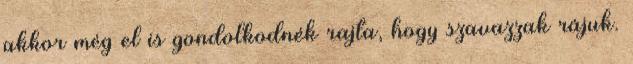
akkor még el is gondolkodnék rajta, hogy szavazzak rájuk.